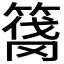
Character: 𰪑